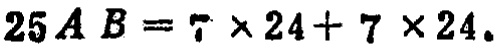
$25AB = 7\times 24 + 7\times 24$